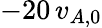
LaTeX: {-20\, v_{A,0}}